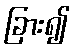
ခြား၍